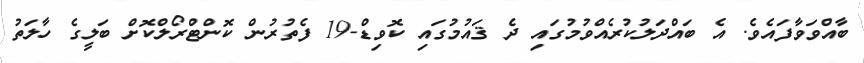
ބާއްވަވާފައެވެ. އެ ބައްދަލުކުރެއްވުމުގައި ދެ ޤައުމުގައި ކޮވިޑް-19 ފެތުރުން ކޮންޓްރޯލްކޮށް ބަލީގެ ހާލަތު